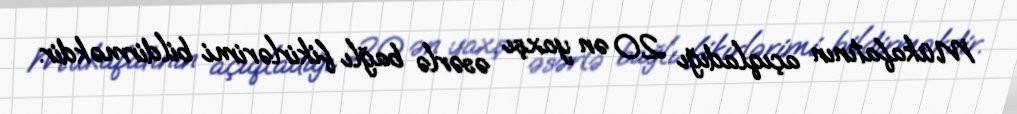
Mükafatının açıqladığı 20 ən yaxşı əsərlə bağlı fikirlərimi bildirməkdir.